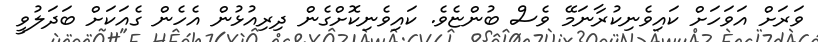
ވަރަށް އަވަހަށް ކައިވެނިކުރާނަމޭ ވެސް ބުންޏެވެ. ކައިވެނިކޮށްގެން ދިރިއުޅުން އެހެން ގެއަކަށް ބަދަލުވީ